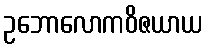
ဥဘောလောကဝိဇယာယ